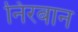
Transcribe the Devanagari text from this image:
निरबान